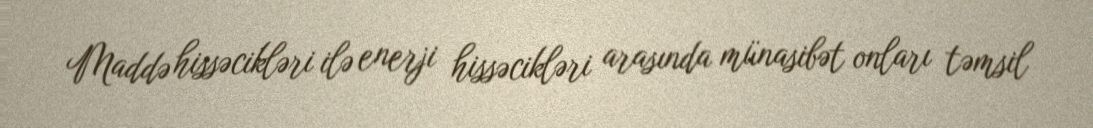
Maddə hissəcikləri ilə enerji hissəcikləri arasında münasibət onları təmsil